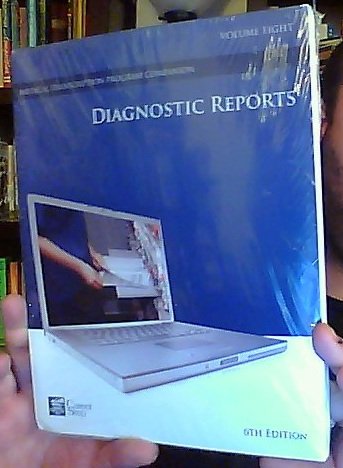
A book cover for Diagnostic Reports: Volume Eight, 6th Edition (Career Step Medical Transcription Program Companion); Career Step; Medical Books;